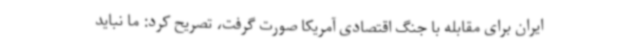
ایران برای مقابله با جنگ اقتصادی آمریکا صورت گرفت، تصریح کرد: ما نباید